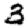
Digit: 3